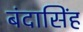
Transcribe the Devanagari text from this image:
बंदासिंह